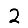
Digit: 2